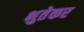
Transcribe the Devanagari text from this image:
भुतेकर